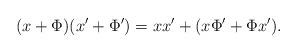
LaTeX: \begin{align*}(x+\Phi)(x'+\Phi')=xx'+(x\Phi'+\Phi x').\end{align*}